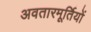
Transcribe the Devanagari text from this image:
अवतारमूर्तियों